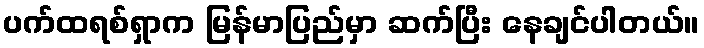
ပက်ထရစ်ရှာက မြန်မာပြည်မှာ ဆက်ပြီး နေချင်ပါတယ်။